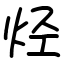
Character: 烃